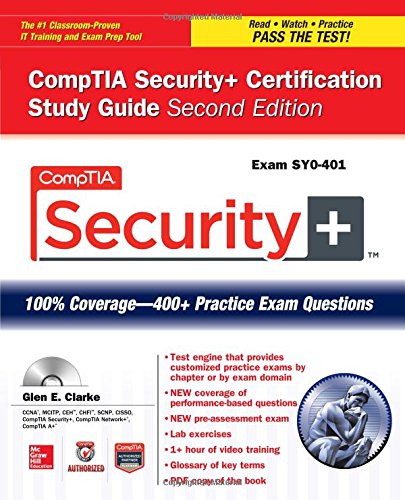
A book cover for CompTIA Security+ Certification Study Guide, Second Edition (Exam SY0-401) (Certification Press); Glen E. Clarke; Computers & Technology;